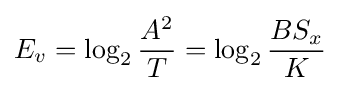
E_{v}=\log _{2}{\frac {A^{2}}{T}}=\log _{2}{\frac {BS_{x}}{K}}